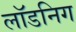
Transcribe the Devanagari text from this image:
लॉडनिग